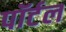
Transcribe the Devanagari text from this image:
पॉर्टल